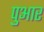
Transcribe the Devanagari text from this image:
पुआर